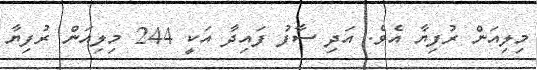
މިލިއަން ރުފިޔާ އެވެ. އަދި ސާފު ފައިދާ އަކީ 244 މިލިއަން ރުފިޔާ